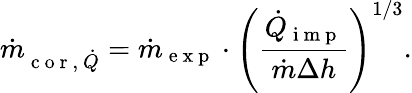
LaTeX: \dot{m}_{\mathrm{~c~o~r~,~}\dot{Q}}=\dot{m}_{\mathrm{~e~x~p~}}\cdot\left(\frac{\dot{Q}_{\mathrm{~i~m~p~}}}{\dot{m}\Delta h}\right)^{1/3}.